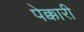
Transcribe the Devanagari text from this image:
पेक्कारी